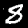
Digit: 8